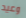
وعيد